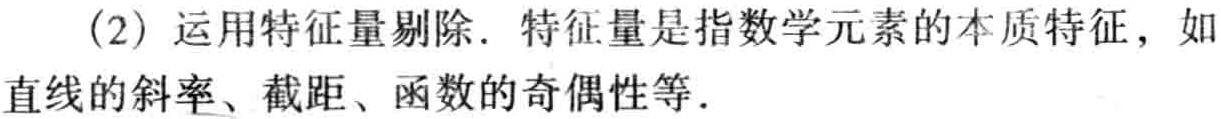
(2) 运用特征量剔除. 特征量是指数学元素的本质特征，如直线的斜率、截距、函数的奇偶性等.